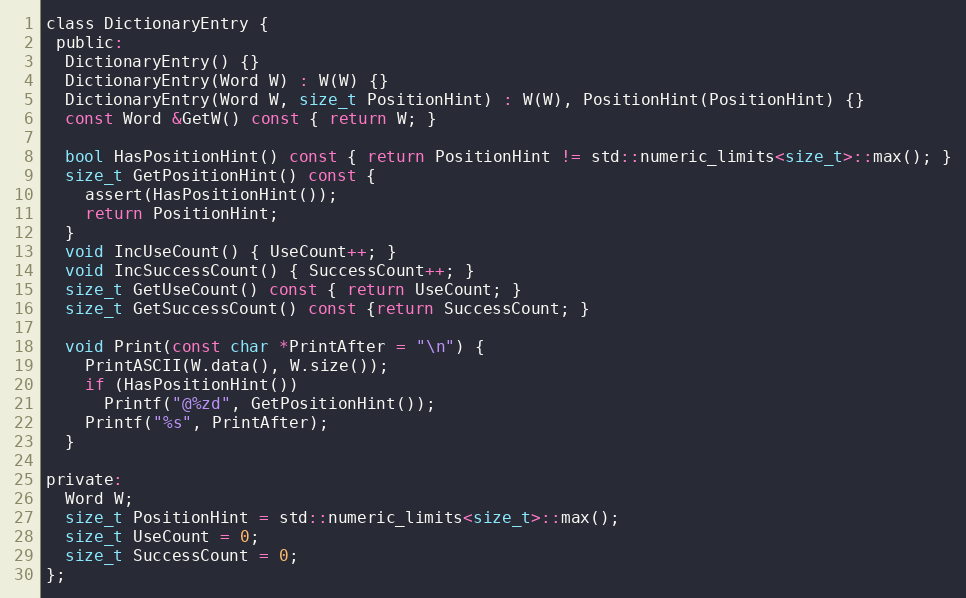
Language: C
class DictionaryEntry {
 public:
  DictionaryEntry() {}
  DictionaryEntry(Word W) : W(W) {}
  DictionaryEntry(Word W, size_t PositionHint) : W(W), PositionHint(PositionHint) {}
  const Word &GetW() const { return W; }

  bool HasPositionHint() const { return PositionHint != std::numeric_limits<size_t>::max(); }
  size_t GetPositionHint() const {
    assert(HasPositionHint());
    return PositionHint;
  }
  void IncUseCount() { UseCount++; }
  void IncSuccessCount() { SuccessCount++; }
  size_t GetUseCount() const { return UseCount; }
  size_t GetSuccessCount() const {return SuccessCount; }

  void Print(const char *PrintAfter = "\n") {
    PrintASCII(W.data(), W.size());
    if (HasPositionHint())
      Printf("@%zd", GetPositionHint());
    Printf("%s", PrintAfter);
  }

private:
  Word W;
  size_t PositionHint = std::numeric_limits<size_t>::max();
  size_t UseCount = 0;
  size_t SuccessCount = 0;
};